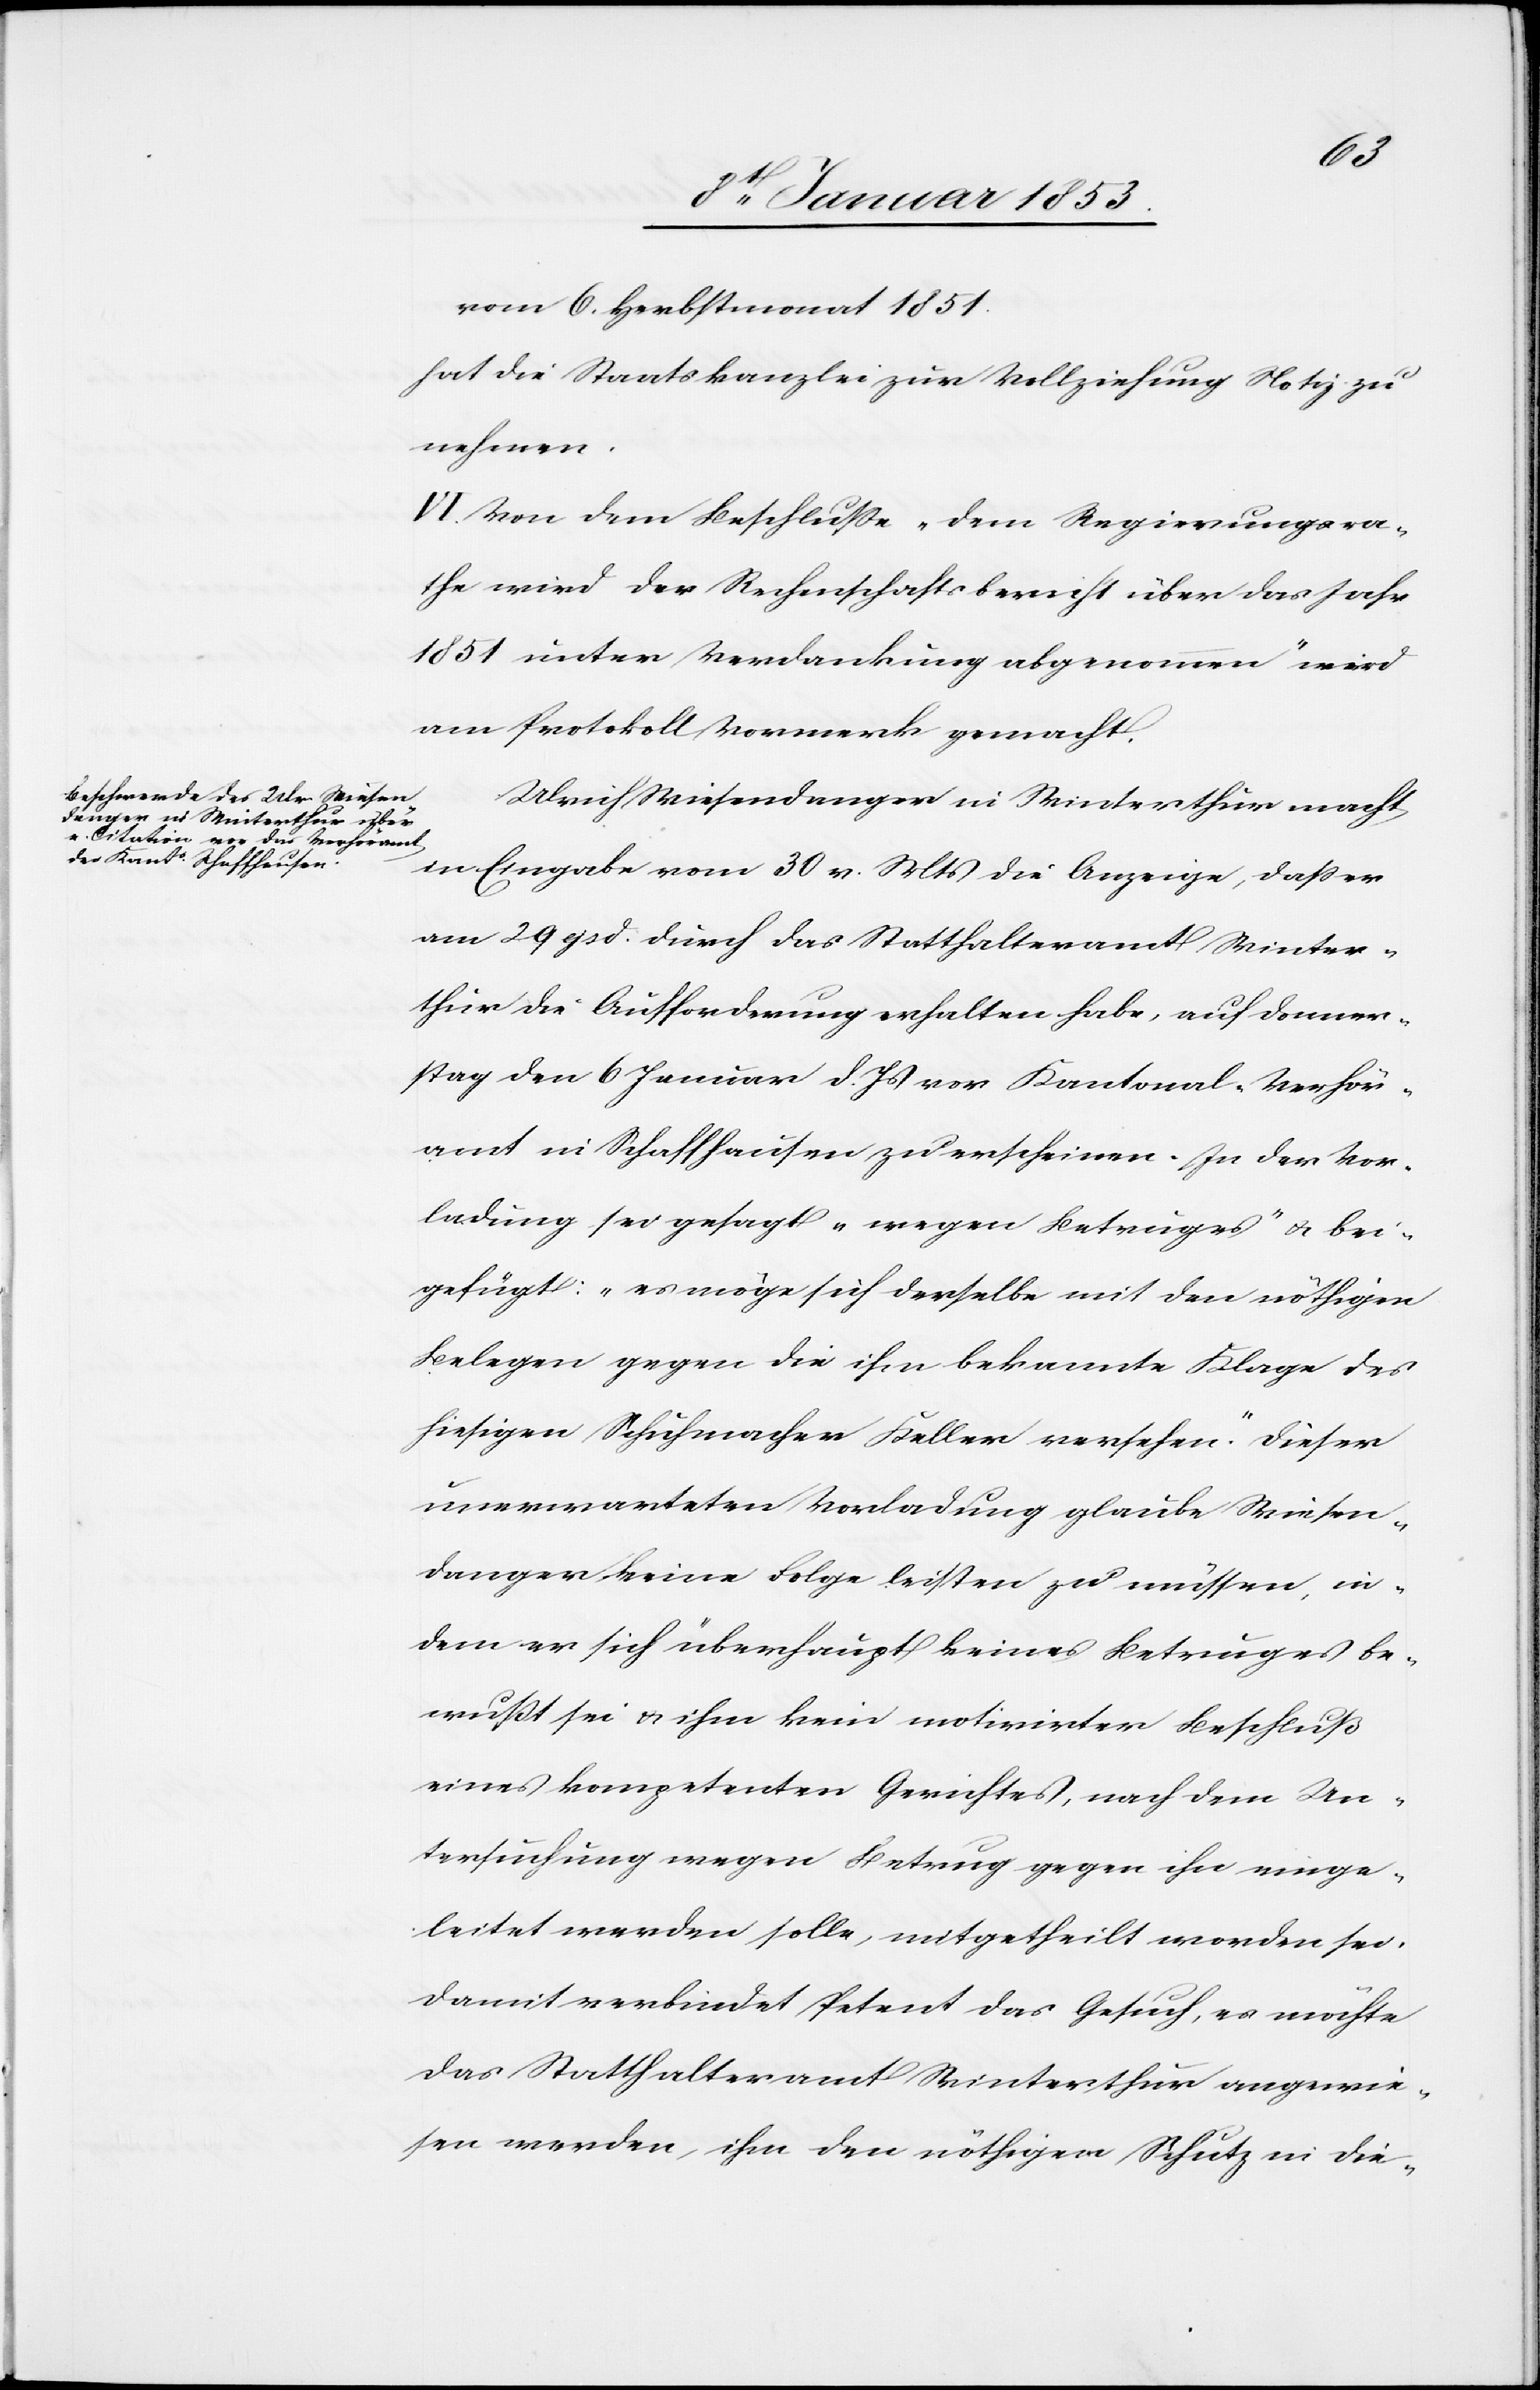
vom 6. Herbstmonat 1851.
hat die Staatskanzlei zur Vollziehung Notiz zu
nehmen.
VI. Von dem Beschlusse „dem Regierungsra¬
the wird der Rechenschaftsbericht über das Jahr
1851 unter Verdankung abgenommen“ wird
am Protokoll Vormerk gemacht.
Ulrich Wiesendanger in Winterthur macht
in Eingabe vom 30 v. Mts. die Anzeige, daß er
am 29 ejsd. durch das Statthalteramt Winter¬
thur die Aufforderung erhalten habe, auf Donner¬
stag den 6 Januar d. Js. von Kantonal-Verhör¬
amt in Schaffhausen zu erscheinen. In der Vor¬
ladung sei gesagt „wegen Betruges“ u. bei¬
gefügt: „es möge sich derselbe mit den nöthigen
Belegen gegen die ihm bekannte Klage des
hiesigen Schuhmacher Keller versehen.“ Dieser
unerwarteten Vorladung glaube Wiesen¬
danger keine Folge leisten zu müssen, in¬
dem er sich überhaupt keines Betruges be¬
wusst sei u. ihm kein motivirter Beschluss
eines kompetenten Gerichtes, nach dem Un¬
tersuchung wegen Betrug gegen ihn einge¬
leitet werden solle, mitgetheilt worden sei.
Damit verbindet Petent das Gesuch, es möchte
das Statthalteramt Winterthur angewie¬
sen werden, ihm den nöthigen Schutz in die-